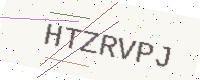
Text: HTZRVPJ